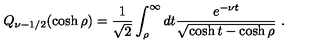
Q _ { \nu - 1 / 2 } ( \cosh \rho ) = \frac { 1 } { \sqrt { 2 } } \int _ { \rho } ^ { \infty } d t \frac { e ^ { - \nu t } } { \sqrt { \cosh t - \cosh \rho } } \ .